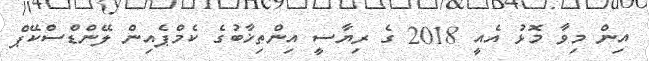
އިން މިވާ މޮޅު އެއީ 2018 ގެ ރިޔާސީ އިންތިޚާބުގެ ކެމްޕެއިން ލޭންޑްސްކޭޕް